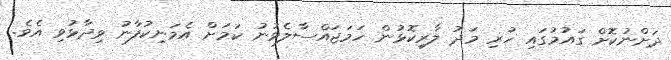
ދަށްނުކޮށް ގައުމުގައި ހުރި މަދު ލާރިކޮޅުން ހަމަޖައްސާލެވުނު ކަމަށް އެމަނިކުފާނު ވިދާޅުވި އެވެ.